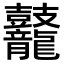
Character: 𪔷